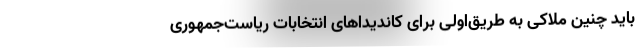
باید چنین ملاکی به طریق‌اولی برای کاندیداهای انتخابات ریاست‌جمهوری